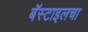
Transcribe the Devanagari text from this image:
बॅस्टाइलचा